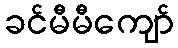
ခင်မီမီကျော်